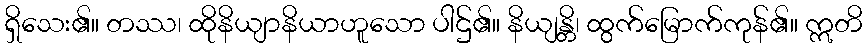
ရှိသေး၏။ တဿ၊ ထိုနိယျာနိယာဟူသော ပါဌ်၏။ နိယျန္တိ၊ ထွက်မြောက်ကုန်၏။ ဣတိ